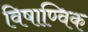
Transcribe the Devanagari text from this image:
विषाण्विक